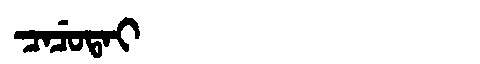
Manchu: ᠴᠠᠴᡠᡨᠠᡳ
Romanization: CACUTAI